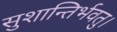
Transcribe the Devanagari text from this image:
सुशान्तिर्भवतु।